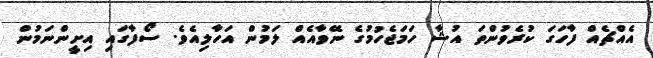
އެއްޗެއް ފާހަގަ ކުރެވުންތަ އުޝާ ހަމަޖެހުމުގެ ނޭވާއެއް ލަމުން އަހާލިއެވެ. ސޯފާގައި އިށީންނަމުން